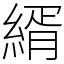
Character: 縃